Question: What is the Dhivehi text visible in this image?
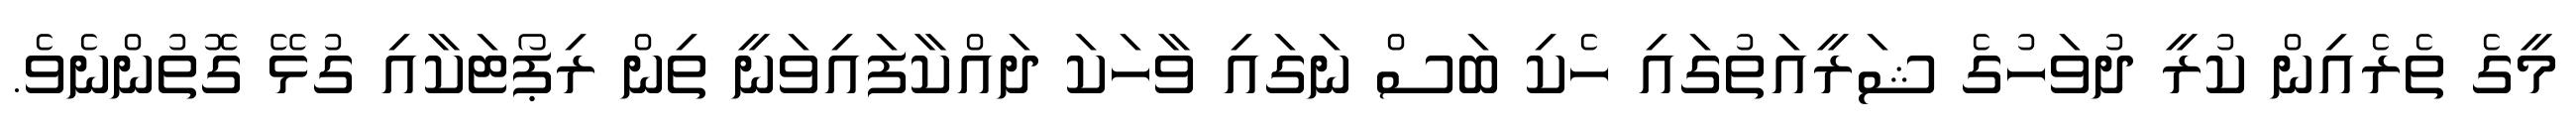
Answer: މީގެ ތެރެއިން ކުރީ ދުވަހުގެ ޝަރީއަތުގައި ހެކި ބަސް ނަގައި ވާހަކަ ދައްކާފައިވަނީ ތިން ރިޕޯޓަކާއި ގުޅޭ ގޮތުންނެވެ.